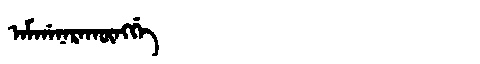
Manchu: ᠠᠮᡤᠠᠨᠠᡵᠠᡴᡡᠩᡤᡝ
Romanization: AMGANARAKŪNGGE